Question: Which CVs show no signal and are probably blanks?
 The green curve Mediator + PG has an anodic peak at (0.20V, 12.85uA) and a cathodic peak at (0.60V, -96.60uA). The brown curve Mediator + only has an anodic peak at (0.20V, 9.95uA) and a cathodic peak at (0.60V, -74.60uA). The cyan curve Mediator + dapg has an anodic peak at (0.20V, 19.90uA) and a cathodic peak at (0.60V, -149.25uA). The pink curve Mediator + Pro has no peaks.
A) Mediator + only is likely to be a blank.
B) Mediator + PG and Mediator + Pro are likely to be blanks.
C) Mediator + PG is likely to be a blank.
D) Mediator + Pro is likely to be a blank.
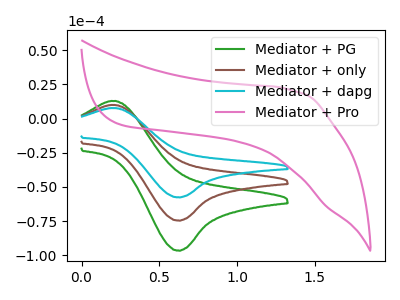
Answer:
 <answer>D) "Mediator + Pro" is likely to be a blank.</answer>
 <eval>D</eval>